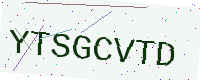
Text: YTSGCVTD